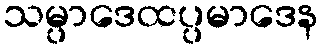
သမ္ပာဒေထပ္ပမာဒေန